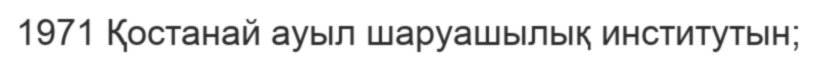
1971 Қостанай ауыл шаруашылық институтын;